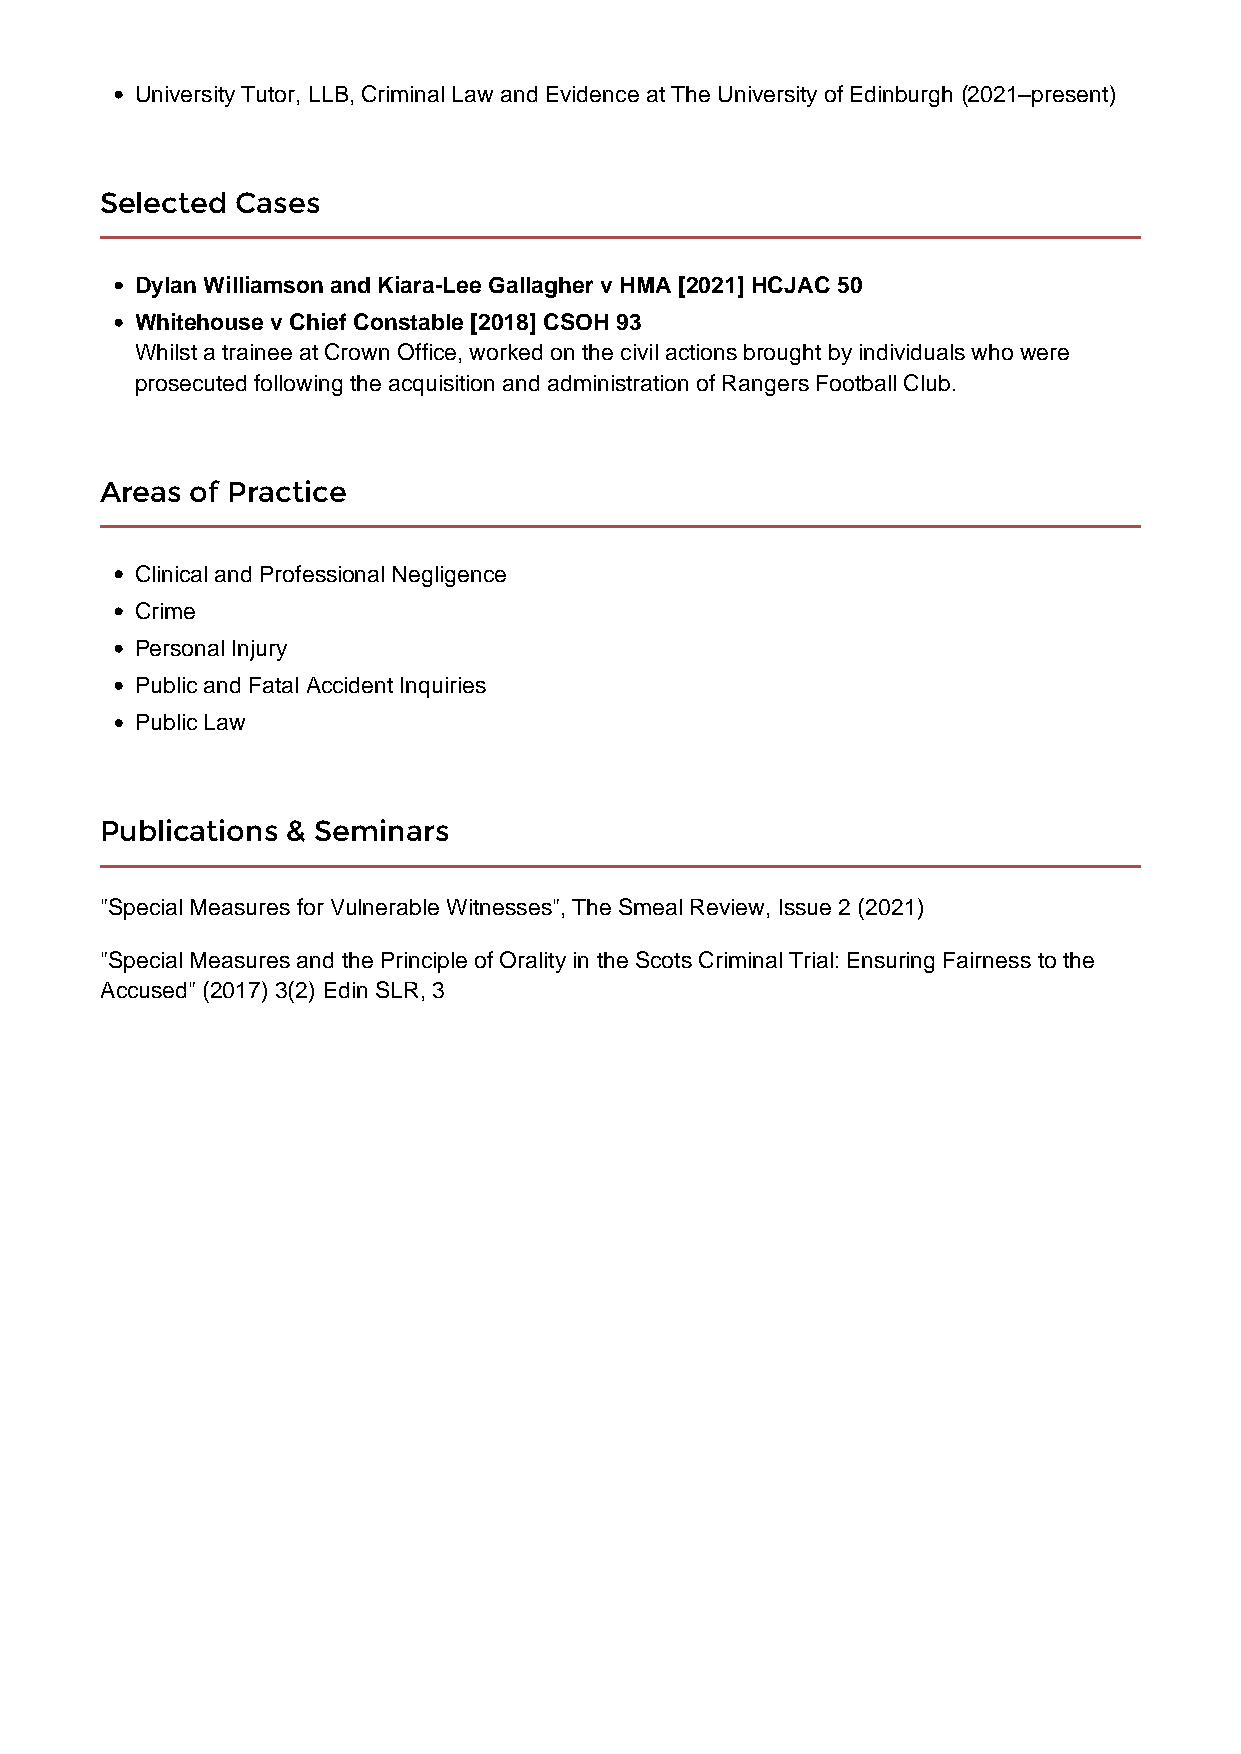
University Tutor, LLB, Criminal Law and Evidence at The University of Edinburgh (2021–present)
 Selected Cases
 Dylan Williamson and Kiara-Lee Gallagher v HMA [2021] HCJAC 50
 Whitehouse v Chief Constable [2018] CSOH 93
 Whilst a trainee at Crown Office, worked on the civil actions brought by individuals who were
 prosecuted following the acquisition and administration of Rangers Football Club.
 Areas of Practice
 Clinical and Professional Negligence
 Crime
 Personal Injury
 Public and Fatal Accident Inquiries
 Public Law
 Publications & Seminars
 "Special Measures for Vulnerable Witnesses", The Smeal Review, Issue 2 (2021)
 "Special Measures and the Principle of Orality in the Scots Criminal Trial: Ensuring Fairness to the
 Accused" (2017) 3(2) Edin SLR, 3